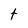
Character: t